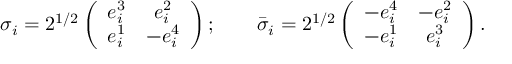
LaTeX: \sigma _ { i } = 2 ^ { 1 / 2 } \left( \begin{array} { c c } { { e _ { i } ^ { 3 } } } & { { e _ { i } ^ { 2 } } } \\ { { e _ { i } ^ { 1 } } } & { { - e _ { i } ^ { 4 } } } \end{array} \right) ; \qquad \bar { \sigma } _ { i } = 2 ^ { 1 / 2 } \left( \begin{array} { c c } { { - e _ { i } ^ { 4 } } } & { { - e _ { i } ^ { 2 } } } \\ { { - e _ { i } ^ { 1 } } } & { { e _ { i } ^ { 3 } } } \end{array} \right) .